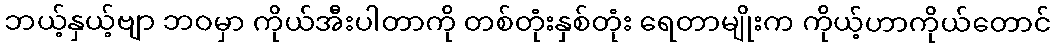
ဘယ့်နှယ့်ဗျာ ဘဝမှာ ကိုယ်အီးပါတာကို တစ်တုံးနှစ်တုံး ရေတာမျိုးက ကိုယ့်ဟာကိုယ်တောင်